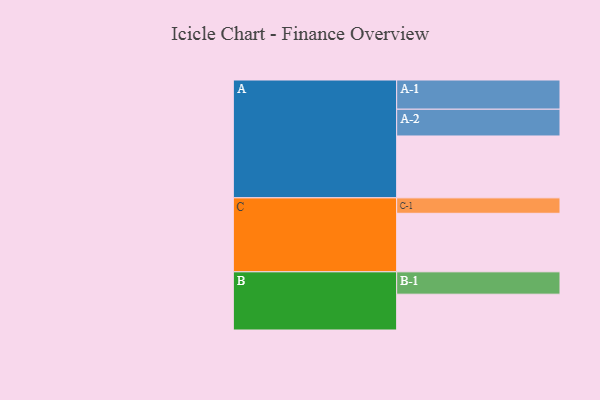
{"axis": {"x": "Segment", "y": "Value"}, "legend": ["", "A", "B", "C"], "data": [{"x": "A", "y": 534, "type": ""}, {"x": "B", "y": 309, "type": ""}, {"x": "C", "y": 505, "type": ""}, {"x": "A-1", "y": 252, "type": "A"}, {"x": "A-2", "y": 231, "type": "A"}, {"x": "B-1", "y": 193, "type": "B"}, {"x": "C-1", "y": 133, "type": "C"}]}